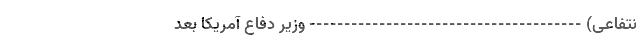
نتفاعی) --------------------------------------- وزیر دفاع آمریکا بعد